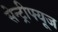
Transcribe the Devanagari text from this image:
सेन्ट्रीफ्यूज